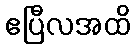
ဧပြီလအထိ